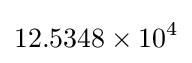
12.5348\times 10^{4}